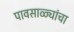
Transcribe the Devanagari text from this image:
पावसाळ्यांचा